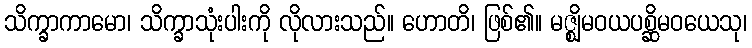
သိက္ခာကာမော၊ သိက္ခာသုံးပါးကို လိုလားသည်။ ဟောတိ၊ ဖြစ်၏။ မဇ္ဈိမဝယပစ္ဆိမဝယေသု၊